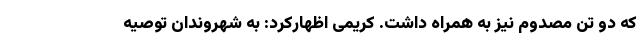
که دو تن مصدوم نیز به همراه داشت. کریمی اظهارکرد: به شهروندان توصیه